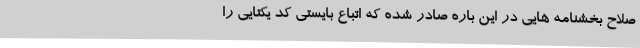
صلاح بخشنامه هایی در این باره صادر شده که اتباع بایستی کد یکتایی را